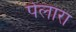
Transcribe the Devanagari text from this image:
पेलारा